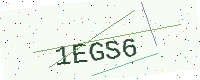
Text: 1EGS6